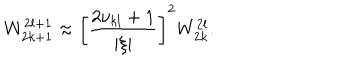
LaTeX: W _ { 2 k + 1 } ^ { 2 l + 1 } \approx \left[ \frac { 2 \nu _ { k l } + 1 } { | \xi | } \right] ^ { 2 } W _ { 2 k } ^ { 2 l } .